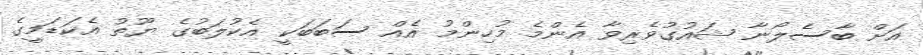
އަށް ބާސެލޯނާ ޝައުގުވެރިވާ އެންމެ މުހިންމު އެއް ސަބަބަކީ އެކުލަބުގެ ޔޫތު އެކަޑަމީގެ